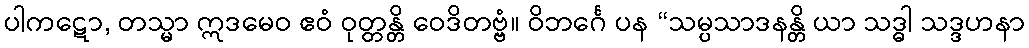
ပါကဋော, တသ္မာ ဣဒမေဝ ဧဝံ ဝုတ္တန္တိ ဝေဒိတဗ္ဗံ။ ဝိဘင်္ဂေ ပန “သမ္ပသာဒနန္တိ ယာ သဒ္ဓါ သဒ္ဒဟနာ